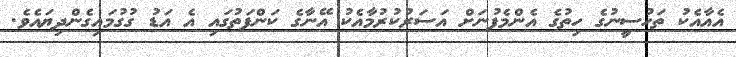
އެއާއެކު ތަހުސީނުގެ ހިތުގެ އެންމެފުނަށް އަސަރުކުރުމާއެކު އޭނާގެ ކަންފަތުގައި އެ އަޑު ގުގުމައިގެންދިޔައެވެ.